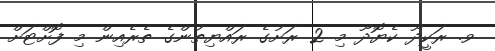
ވ. ރަކީދޫ ކެޔޮދޫ މި 2 ރަށުގެ ރައްޔިތުންގެ ތެރެއިން މި ފޮށްޓަށް